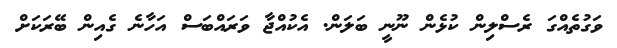
ވަގުތެއްގަ ރެސްލިން ކުޅެން ނޫނީ ބަލަން. އެކުއްޖާ ވަރައްބަސް އަހާނެ ގެއިން ބޭރަކަށް